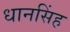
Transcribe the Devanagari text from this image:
धानसिंह